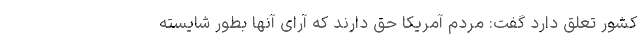
کشور تعلق دارد گفت: مردم آمریکا حق دارند که آرای آنها بطور شایسته